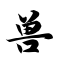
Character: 兽